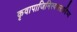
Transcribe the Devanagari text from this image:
कृवापाजिमिस्वससादिभ्य